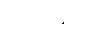
ဥဂ္ဂိရန္တဿ